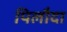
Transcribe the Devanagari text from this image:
पिलौदा